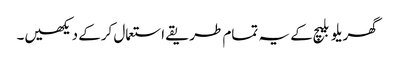
گھریلو بلیچ کے یہ تمام طریقے استعمال کرکے دیکھیں۔